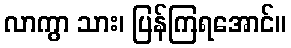
လာကွာ သား၊ ပြန်ကြရအောင်။